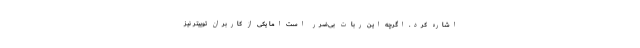
اشاره کرد. اگرچه این ربات بی‌ضرر است اما یکی از کاربران توییتر نیز